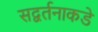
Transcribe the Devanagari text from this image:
सद्वर्तनाकडे